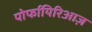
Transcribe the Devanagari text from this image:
पोर्फायिरिआज़